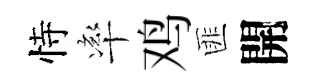
恃率鸡匪開